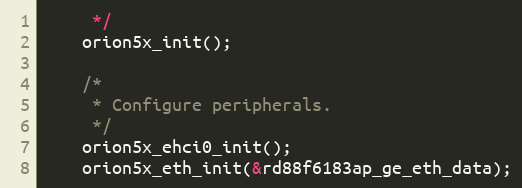
Language: C
	 */
	orion5x_init();

	/*
	 * Configure peripherals.
	 */
	orion5x_ehci0_init();
	orion5x_eth_init(&rd88f6183ap_ge_eth_data);